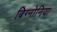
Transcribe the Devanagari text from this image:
बिग्नोनिया